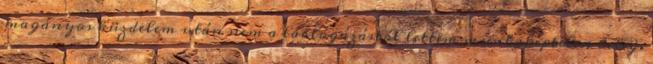
magányos küzdelem után nem a láblógázástól lettem munkaképtelen beteg.